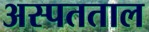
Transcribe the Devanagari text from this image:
अस्पतताल